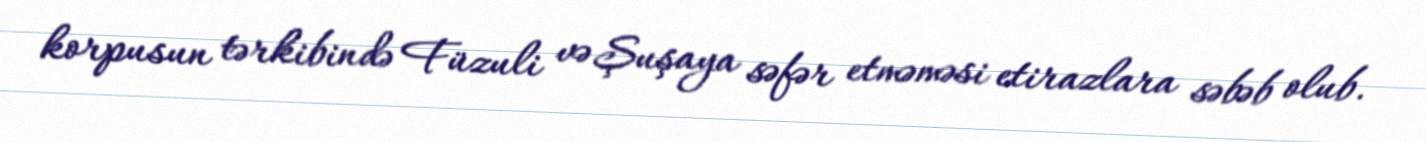
korpusun tərkibində Füzuli və Şuşaya səfər etməməsi etirazlara səbəb olub.